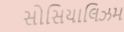
સોસિયાલિઝમ